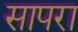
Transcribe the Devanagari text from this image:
सापरा